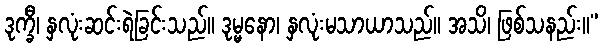
ဒုက္ခီ၊ နှလုံးဆင်းရဲခြင်းသည်။ ဒုမ္မနော၊ နှလုံးမသာယာသည်။ အသိ၊ ဖြစ်သနည်း။”